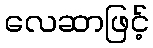
လေဆာဖြင့်